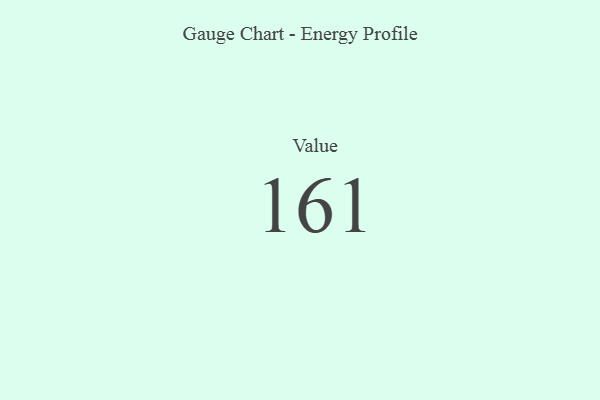
{"axis": {"x": "Metric", "y": "Value"}, "legend": [""], "data": [{"x": "Value", "y": 161, "type": ""}]}